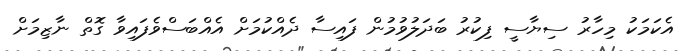
އެކަމަކު މިހާރު ސިޔާސީ ފިކުރު ބަދަލުވުމުން ފައިސާ ދެއްކުމަށް އެއްބަސްވެފައިވާ ގޮތް ނާޒިމަށް